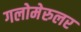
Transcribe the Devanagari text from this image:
गलोमेरुलर